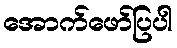
အောက်ဖော်ပြပါ